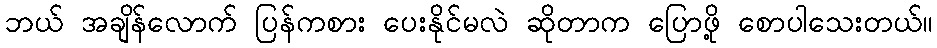
ဘယ် အချိန်လောက် ပြန်ကစား ပေးနိုင်မလဲ ဆိုတာက ပြောဖို့ စောပါသေးတယ်။